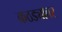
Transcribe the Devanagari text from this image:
कठड्यावर